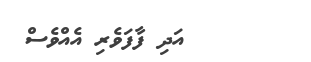
٣٨      އަދި ފާފަވެރި އެއްވެސް